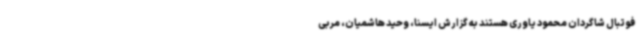
فوتبال شاگردان محمود یاوری هستند به گزارش ایسنا، وحید هاشمیان، مربی